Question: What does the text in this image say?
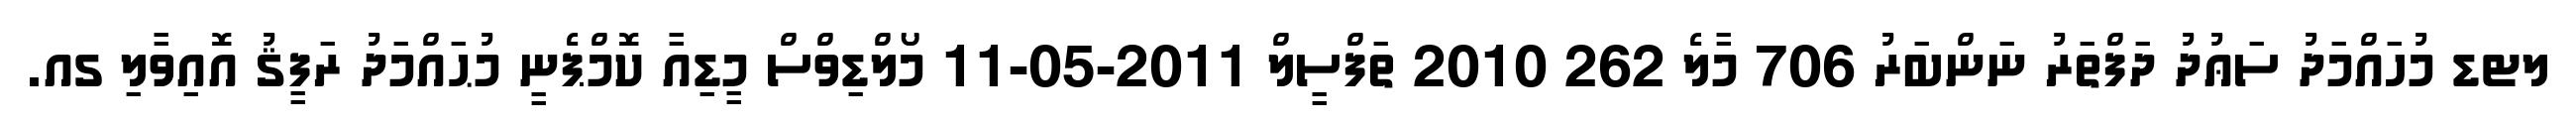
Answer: ލޓޑ މުހައްމަދު ސަޢުދު ދަފްތަރު ނަންބަރު 706 މާލެ 262 2010 ތަފްސީލް 2011-05-11 މޯލްޑިވްސް މީޑިއާ ކޮމްޕެނީ މުޙައްމަދު ރަފީޤު އޮއިވާލި ގއ.